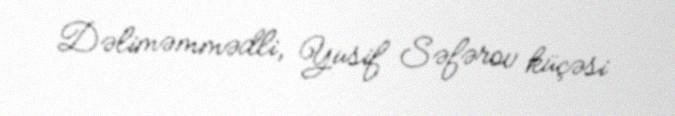
Dəliməmmədli, Yusif Səfərov küçəsi